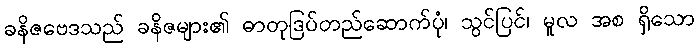
ခနိဇဗေဒသည် ခနိဇများ၏ ဓာတုဒြပ်တည်ဆောက်ပုံ၊ သွင်ပြင်၊ မူလ အစ ရှိသော